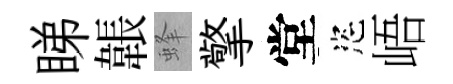
睇韔蜂擎堂恣峿